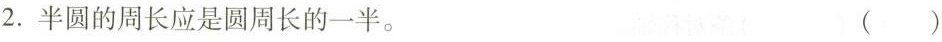
2.半圆的周长应是圆周长的一半。 ()